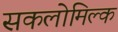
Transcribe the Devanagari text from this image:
सकलोमिल्क